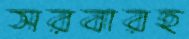
সরবারহ